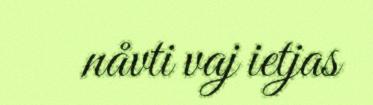
nåvti vaj ietjas